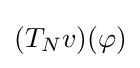
{\textstyle (T_{N}v)(\varphi )}